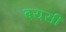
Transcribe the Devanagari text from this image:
बयसी